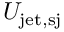
U _ { \mathrm { j e t , s j } }